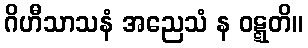
ဂိဟီသာသနံ အညေသံ န ဝဋ္ဋတိ။